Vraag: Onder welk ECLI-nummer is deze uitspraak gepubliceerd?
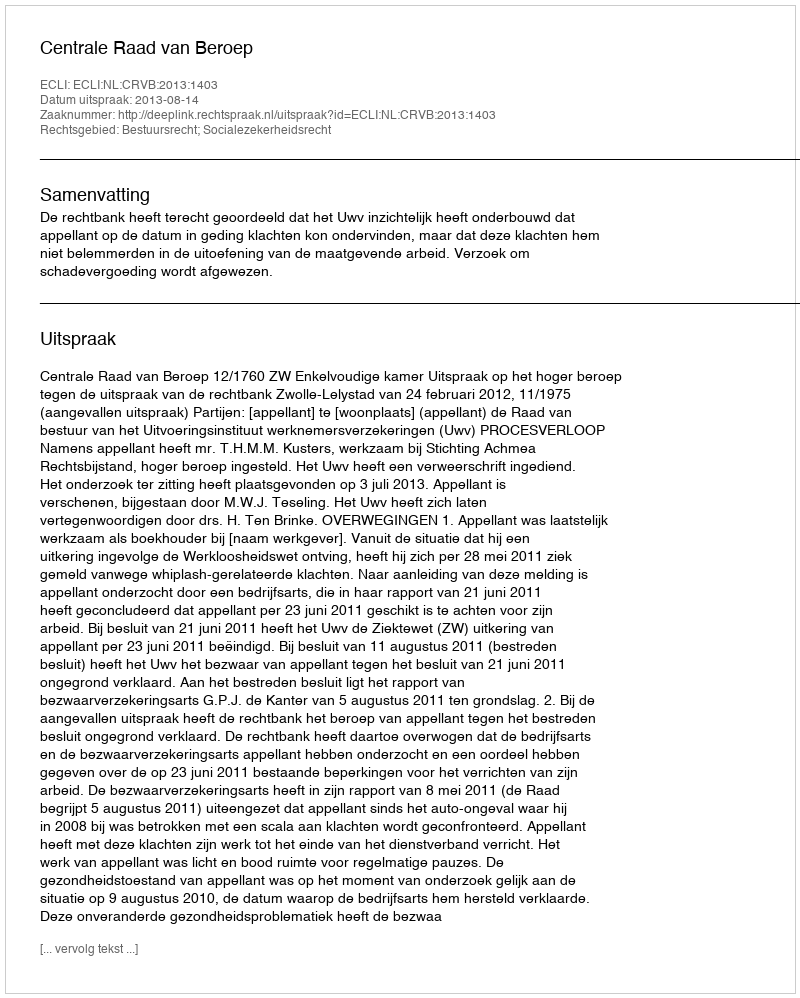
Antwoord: ECLI:NL:CRVB:2013:1403